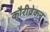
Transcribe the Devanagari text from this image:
कौरीव्रेकन